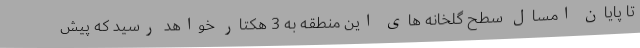
تا پایان امسال سطح گلخانه های این منطقه به 3 هکتار خواهد رسید که پیش